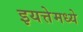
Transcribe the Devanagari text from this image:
इयत्तेमध्ये